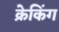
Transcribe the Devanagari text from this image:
क्रेकिंग